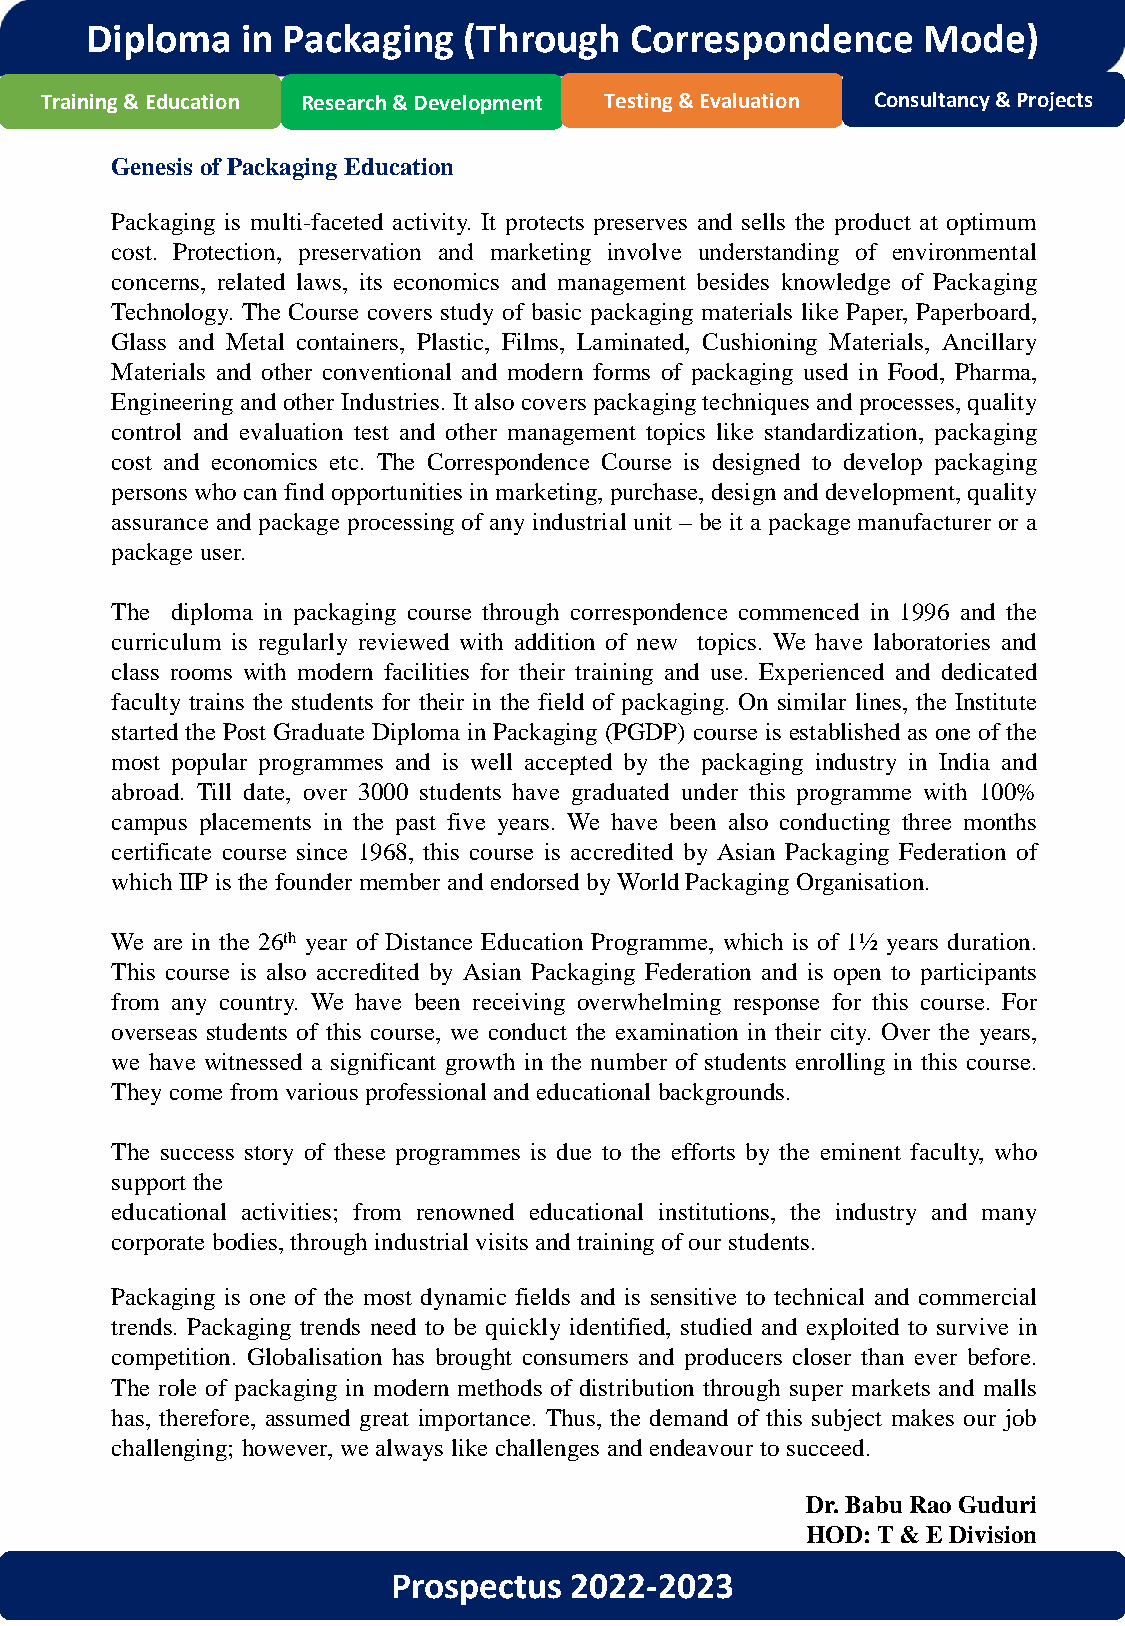
Diploma   in Packaging   (Through   Correspondence     Mode)
 Training & Education Research & Development Testing & Evaluation Consultancy & Projects
 Genesis ofPackaging Education
 Packaging is multi-faceted activity. It protects preserves and sells the product at optimum
 cost. Protection, preservation and marketing involve understanding of environmental
 concerns, related laws, its economics and management besides knowledge of Packaging
 Technology. The Course covers study of basic packaging materials like Paper, Paperboard,
 Glass and Metal containers, Plastic, Films, Laminated, Cushioning Materials, Ancillary
 Materials and other conventional and modern forms of packaging used in Food, Pharma,
 Engineering and other Industries. It also covers packaging techniques and processes, quality
 control and evaluation test and other management topics like standardization, packaging
 cost and economics etc. The Correspondence Course is designed to develop packaging
 personswhocan findopportunities inmarketing, purchase, design anddevelopment, quality
 assurance and package processing of any industrial unit – be it a package manufacturer or a
 package user.
 The diploma in packaging course through correspondence commenced in 1996 and the
 curriculum is regularly reviewed with addition of new topics. We have laboratories and
 class rooms with modern facilities for their training and use. Experienced and dedicated
 faculty trains the students for their in the field of packaging. On similar lines, the Institute
 started the Post Graduate Diploma in Packaging (PGDP) course is established as one of the
 most popular programmes and is well accepted by the packaging industry in India and
 abroad. Till date, over 3000 students have graduated under this programme with 100%
 campus placements in the past five years. We have been also conducting three months
 certificate course since 1968, this course is accredited by Asian Packaging Federation of
 which IIP is the founder member and endorsed byWorldPackaging Organisation.
 We are in the 26th year of Distance Education Programme, which is of 1½ years duration.
 This course is also accredited by Asian Packaging Federation and is open to participants
 from any country. We have been receiving overwhelming response for this course. For
 overseas students of this course, we conduct the examination in their city. Over the years,
 we have witnessed a significant growth in the number of students enrolling in this course.
 They come from various professional and educational backgrounds.
 The success story of these programmes is due to the efforts by the eminent faculty, who
 support the
 educational activities; from renowned educational institutions, the industry and many
 corporate bodies, through industrial visits and training ofour students.
 Packaging is one of the most dynamic fields and is sensitive to technical and commercial
 trends. Packaging trends need to be quickly identified, studied and exploited to survive in
 competition. Globalisation has brought consumers and producers closer than ever before.
 The role of packaging in modern methods of distribution through super markets and malls
 has, therefore, assumed great importance. Thus, the demand of this subject makes our job
 challenging; however, wealways like challenges and endeavour to succeed.
 Dr. Babu Rao Guduri
 HOD: T & E Division
 Prospectus  2022-2023